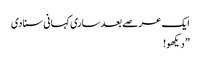
ایک عرصے بعد ساری کہانی سنادی
” دیکھو!